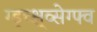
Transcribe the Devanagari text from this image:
ग्ड्च्क्ष्व्सेग्फ्व